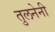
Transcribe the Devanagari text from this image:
तुलनेनी